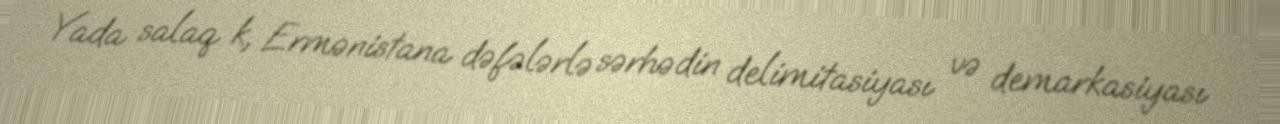
Yada salaq k, Ermənistana dəfələrlə sərhədin delimitasiyası və demarkasiyası